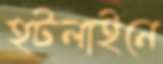
হটলাইনে